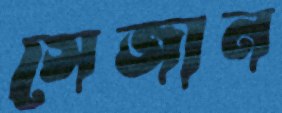
সেজান